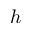
h